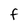
Character: F